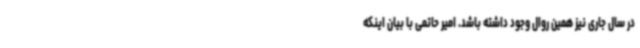
در سال جاری نیز همین روال وجود داشته باشد. امیر حاتمی با بیان اینکه